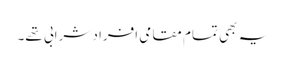
یہ بھی تمام مقامی افراد شرابی تھے۔